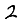
Digit: 2